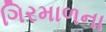
ગિરમાળના